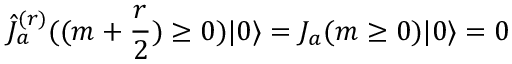
\hat { J } _ { a } ^ { ( r ) } ( ( m + \frac { r } { 2 } ) \geq 0 ) | 0 \rangle = J _ { a } ( m \geq 0 ) | 0 \rangle = 0